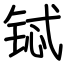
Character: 铽